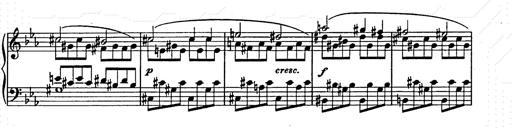
Title: Allegro di bravura
Composer: Carl Maria von Weber
Key: D major